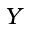
Y